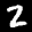
Label: 2